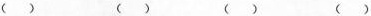
() () () ()